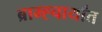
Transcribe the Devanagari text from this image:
ब्राम्ह्चार्यांत